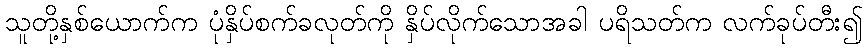
သူတို့နှစ်ယောက်က ပုံနှိပ်စက်ခလုတ်ကို နှိပ်လိုက်သောအခါ ပရိသတ်က လက်ခုပ်တီး၍